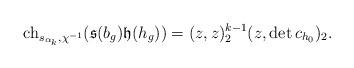
LaTeX: \begin{align*}\mathrm{ch}_{s_{\alpha_k},\chi^{-1}}(\mathfrak{s}(b_g)\mathfrak{h}(h_g))=(z,z)_2^{k-1}(z,\det c_{h_0})_2.\end{align*}